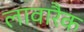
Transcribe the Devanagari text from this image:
लावारैक